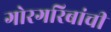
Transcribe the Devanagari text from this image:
गोरगरिबांची